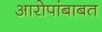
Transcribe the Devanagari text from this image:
आरोपांबाबत